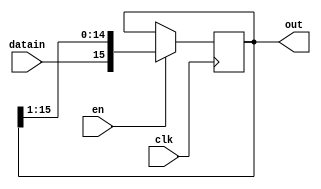
`timescale 1ns / 1ps
//////////////////////////////////////////////////////////////////////////////////
// Company: 
// Engineer: 
// 
// Design Name: 
// Module Name:    shiftreg_param 
// Project Name: 
// Target Devices: 
// Tool versions: 
// Description: 
//
// Dependencies: 
//
// Revision: 
// Revision 0.01 - File Created
// Additional Comments: 
//
//////////////////////////////////////////////////////////////////////////////////
module shiftreg_param
	#(parameter WIDTH = 16)
	( output [WIDTH-1:0] out,
	  input datain,
	  input clk,
	  input en
	 );
	 
    reg [WIDTH-1:0] intreg = 0;	 
	
	 always @(posedge clk) 
	 begin
		if(en) begin
			intreg <= {datain, intreg[WIDTH-1:1]};
		end
	 end

	 assign out = intreg;

endmodule